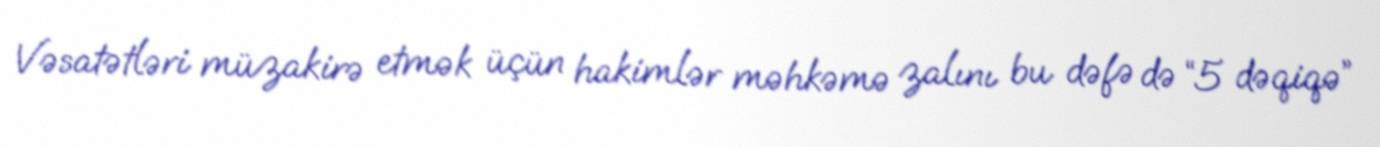
Vəsatətləri müzakirə etmək üçün hakimlər məhkəmə zalını bu dəfə də “5 dəqiqə”